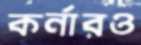
কর্নারও